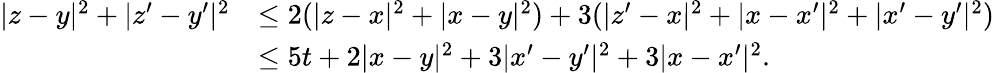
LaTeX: \begin{array}{rl}{|z-y|^{2}+|z^{\prime}-y^{\prime}|^{2}}&{\le 2(|z-x|^{2}+|x-y|^{2})+3(|z^{\prime}-x|^{2}+|x-x^{\prime}|^{2}+|x^{\prime}-y^{\prime}|^{2})}\\ &{\le 5t+2|x-y|^{2}+3|x^{\prime}-y^{\prime}|^{2}+3|x-x^{\prime}|^{2}.}\end{array}